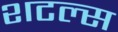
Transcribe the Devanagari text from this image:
शटल्स